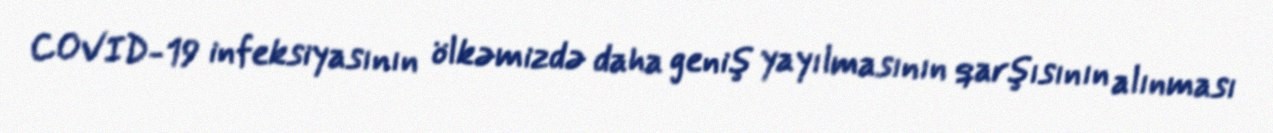
COVID-19 infeksiyasının ölkəmizdə daha geniş yayılmasının qarşısının alınması